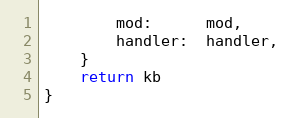
Language: Go
		mod:      mod,
		handler:  handler,
	}
	return kb
}